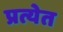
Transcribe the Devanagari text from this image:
प्रत्येत